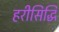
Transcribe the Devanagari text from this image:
हरीसिद्धि